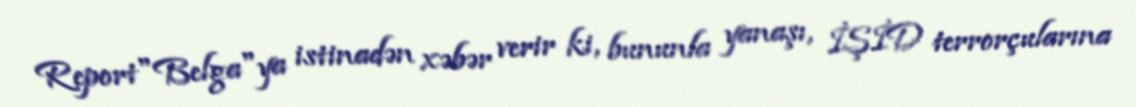
Report"Belga"ya istinadən xəbər verir ki, bununla yanaşı, İŞİD terrorçularına